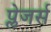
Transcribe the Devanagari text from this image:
प्लेजर्स